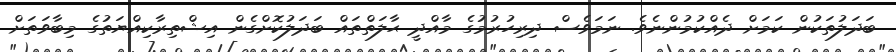
ބަދަލުތަކުން ކަމަށް ދެއްކުމުންނެވެ. ނަމަވެސް ދިރިހުރުމުގެ މާއްދީ ޙާލަތްތައް ބަދަލުކޮށްގެން އިޝްތިރާކިއްޔަތުގެ މިބާވަތަށް